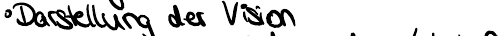
Darstellung der Vision